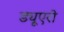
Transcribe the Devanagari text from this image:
ड्यूएरो